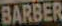
BARBER